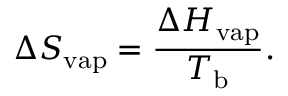
\Delta S _ { \mathrm { v a p } } = { \frac { \Delta H _ { \mathrm { v a p } } } { T _ { \mathrm { b } } } } .